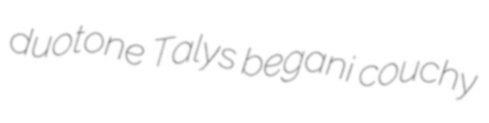
duotone Talys begani couchy